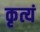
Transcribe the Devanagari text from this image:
कृत्यं